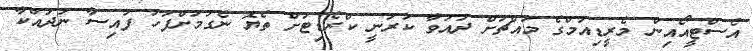
އެސްޓީއޯއިން މެރީޑިއަމްގެ މައްޗަށް ދައުވާ ކުރަނީ ކްރެޑިޓަށް ތެޔޮ ނެގުމަށްފަހު ފައިސާ ނުދައްކާ